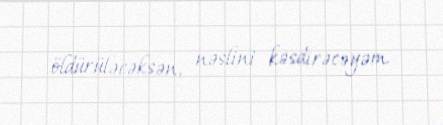
öldürüləcəksən, nəslini kəsdirəcəyəm.